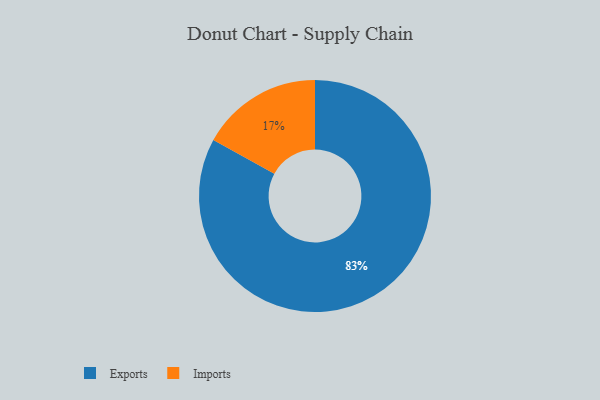
{"axis": {"x": "Category", "y": "Percentage"}, "legend": ["Exports", "Imports"], "data": [{"x": "Imports", "y": 17, "type": "Imports"}, {"x": "Exports", "y": 83, "type": "Exports"}]}